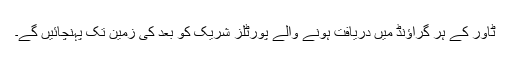
ٹاور کے ہر گراؤنڈ میں دریافت ہونے والے پورٹلز شریک کو بعد کی زمین تک پہنچائیں گے۔